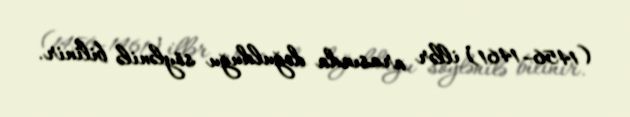
(1456–1461) illər arasında doğulduğu söylənilə bilinir.